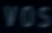
vos